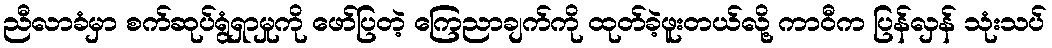
ညီလာခံမှာ စက်ဆုပ်ရွံရှာမှုကို ဖော်ပြတဲ့ ကြေညာချက်ကို ထုတ်ခဲ့ဖူးတယ်လို့ ကာဝီက ပြန်လှန် သုံးသပ်